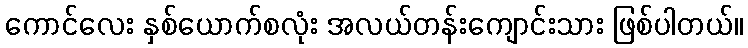
ကောင်လေး နှစ်ယောက်စလုံး အလယ်တန်းကျောင်းသား ဖြစ်ပါတယ်။